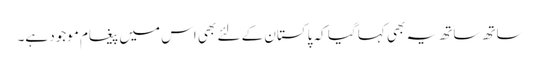
ساتھ ساتھ یہ بھی کہا گیا کہ پاکستان کے لئے بھی اس میں پیغام موجود ہے۔